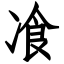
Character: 飡